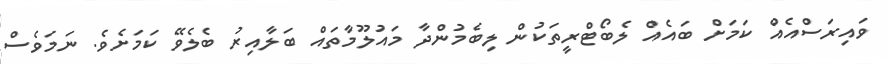
ވައިރަސްއެއް ކަމަށް ބައެއް ލެބޯޓްރީތަކުން ލިބެމުންދާ މައުލޫމާތައް ބަލާއިރު ބެލެވޭ ކަމަށެވެ. ނަމަވެސް